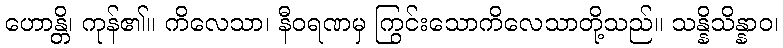
ဟောန္တိ၊ ကုန်၏။ ကိလေသာ၊ နီဝရဏမှ ကြွင်းသောကိလေသာတို့သည်။ သန္နိသိန္နာဝ၊